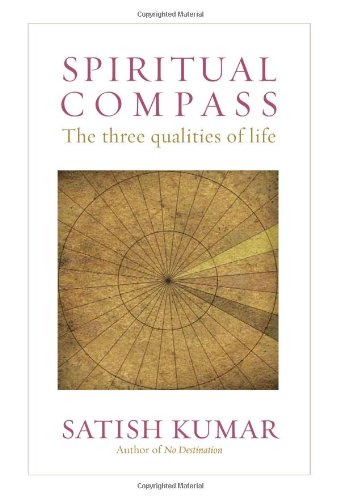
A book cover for Spiritual Compass: The Three Qualities of Life; Satish Kumar; Religion & Spirituality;